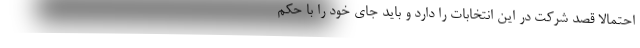
احتمالا قصد شرکت در این انتخابات را دارد و باید جای خود را با حکم